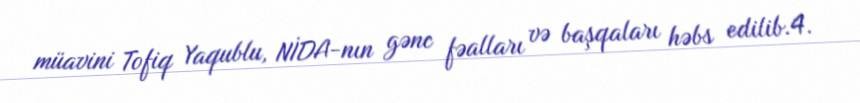
müavini Tofiq Yaqublu, NİDA-nın gənc fəalları və başqaları həbs edilib.4.